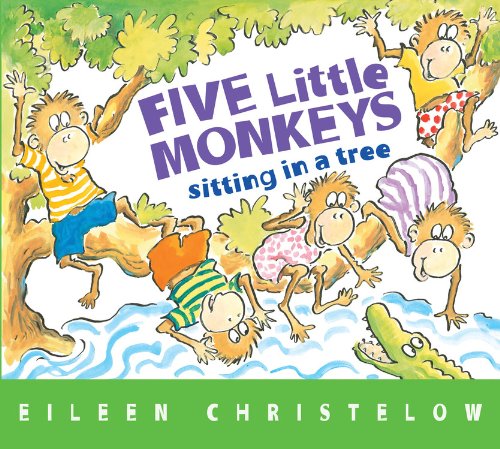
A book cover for Five Little Monkeys Sitting in a Tree (A Five Little Monkeys Story); Eileen Christelow; Children's Books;